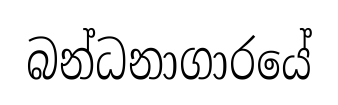
බන්ධනාගාරයේ